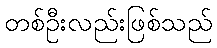
တစ်ဦးလည်းဖြစ်သည်